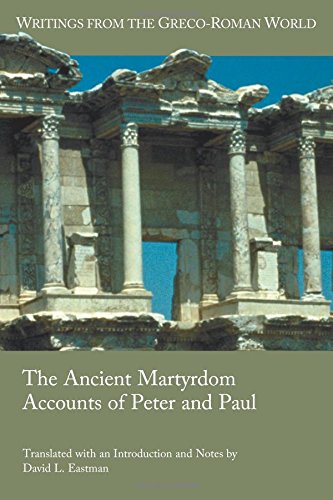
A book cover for The Ancient Martyrdom Accounts of Peter and Paul (Writings from the Greco-Roman World); David L. Eastman; Christian Books & Bibles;